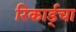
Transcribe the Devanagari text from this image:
रिकार्ड्चा